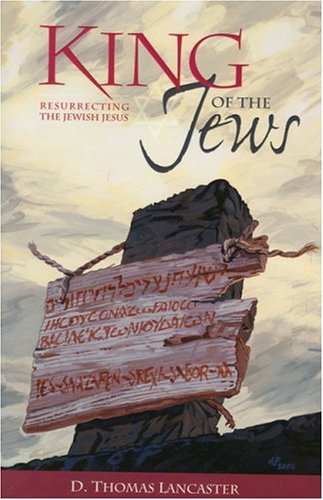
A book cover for King of the Jews: Resurrecting the Jewish Jesus; D. Thomas Lancaster; Christian Books & Bibles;